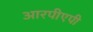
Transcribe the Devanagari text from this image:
आरपीएपी